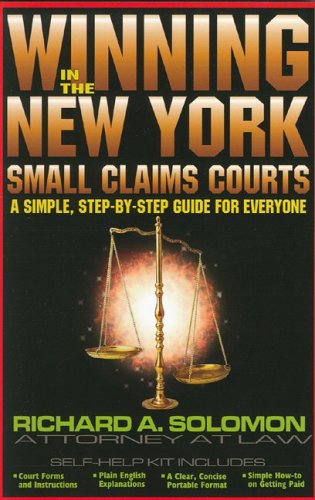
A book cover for Winning In The New York Small Claims Court; Richard A. Solomon; Law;